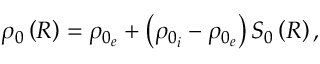
\rho _ { 0 } \left( R \right) = \rho _ { 0 _ { e } } + \left( \rho _ { 0 _ { i } } - \rho _ { 0 _ { e } } \right) S _ { 0 } \left( R \right) ,